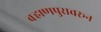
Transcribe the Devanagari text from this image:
बऱ्हाणपुरावरून